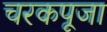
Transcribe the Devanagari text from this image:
चरकपूजा